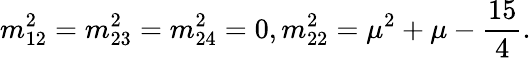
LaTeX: m_{12}^{2}=m_{23}^{2}=m_{24}^{2}=0,m_{22}^{2}=\mu^{2}+\mu-\frac{15}{4}.